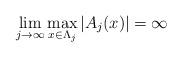
LaTeX: \begin{align*}\lim_{j\to\infty} \max_{x\in \Lambda_j} \vert A_j(x)\vert = \infty\end{align*}